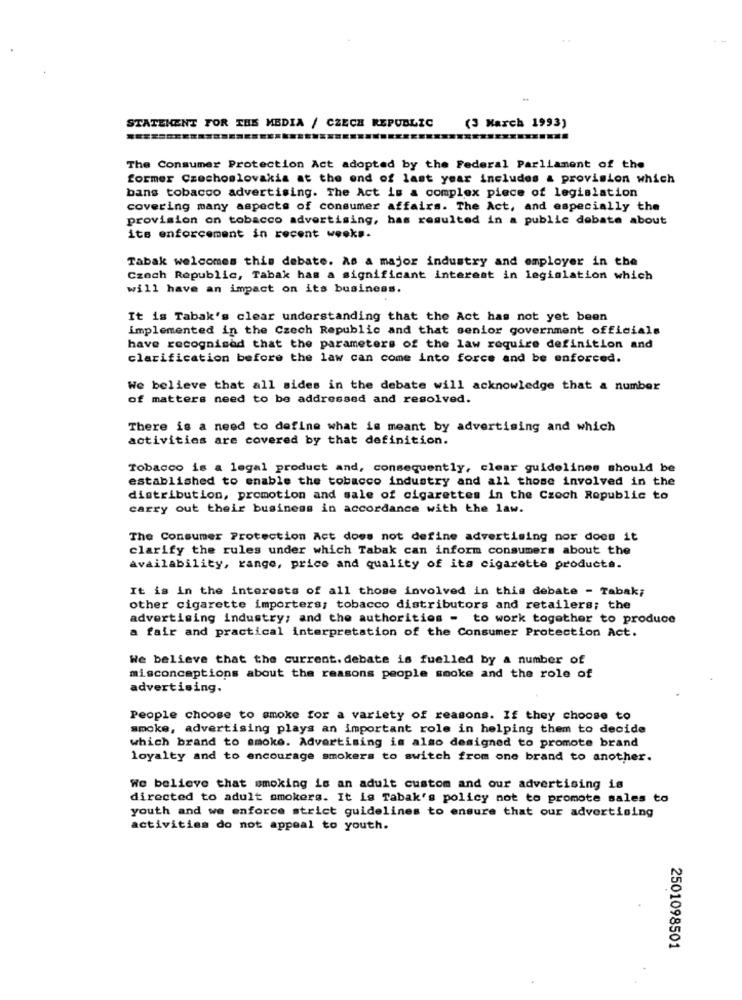
STATEMENT FOR THE MEDIA / CZECH REPUBLIC
(3 March 1993)
=======
The Consumer Protection Act adopted by the Federal Parliament of the
former Czechoslovakia at the end of last year includes & provision which
bans tobacco advertising. The Act is a complex piece of legislation
covering many aspects of consumer affairs. The Act, and especially the
provision on tobacco advertising, has resulted in a public debate about
its enforcement in recent weeks.
Tabak welcomes this debate. As a major industry and employer in the
Czech Republic, Tabak has a significant interest in legislation which
will have an impact on its business.
It is Tabak's clear understanding that the Act has not yet been
implemented in the Czech Republic and that senior government officials
have recognised that the parameters of the law require definition and
clarification before the law can come into force and be enforced.
We believe that all sides in the debate will acknowledge that a number
of matters need to be addressed and resolved.
There is a need to define what is meant by advertising and which
activities are covered by that definition.
Tobacco is a legal product and, consequently, clear guidelines should be
established to enable the tobacco industry and all those involved in the
distribution, promotion and sale of cigarettes in the Czech Republic to
carry out their business in accordance with the law.
The Consumer Protection Act does not define advertising nor does it
clarify the rules under which Tabak can inform consumers about the
availability, range, price and quality of its cigarette products.
It is in the interests of all those involved in this debate - Tabak;
other cigarette importers; tobacco distributors and retailers; the
advertising industry; and the authorities - to work together to produce
a fair and practical interpretation of the Consumer Protection Act.
We believe that the current. debate is fuelled by a number of
misconceptions about the reasons people smoke and the role of
advertising.
People choose to smoke for a variety of reasons. If they choose to
smoke, advertising plays an important role in helping them to decide
which brand to smoke. Advertising is also designed to promote brand
loyalty and to encourage smokers to switch from one brand to another.
We believe that smoking is an adult custom and our advertising is
directed to adult smokers. It is Tabak's policy not to promote sales to
youth and we enforce strict guidelines to ensure that our advertising
activities do not appeal to youth.
2501098501